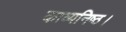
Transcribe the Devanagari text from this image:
काव्यनिष्ठ।